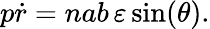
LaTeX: p{\dot{r}}=nab\, \varepsilon\sin(\theta).